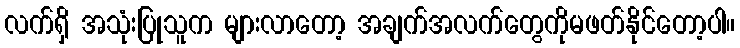
လက်ရှိ အသုံးပြုသူက များလာတော့ အချက်အလက်တွေကိုမဖတ်နိုင်တော့ပါ။